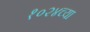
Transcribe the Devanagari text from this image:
१०२४च्या